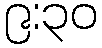
၉:၃၀